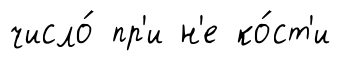
число́ пр'и н'е ко́ст'и